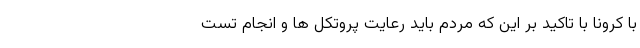
با کرونا با تاکید بر این که مردم باید رعایت پروتکل ها و انجام تست